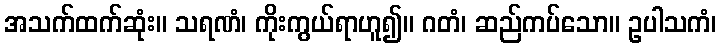
အသက်ထက်ဆုံး။ သရဏံ၊ ကိုးကွယ်ရာဟူ၍။ ဂတံ၊ ဆည်ကပ်သော။ ဥပါသကံ၊